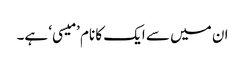
ان میں سے ایک کا نام ’میسی‘ ہے۔